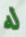
له